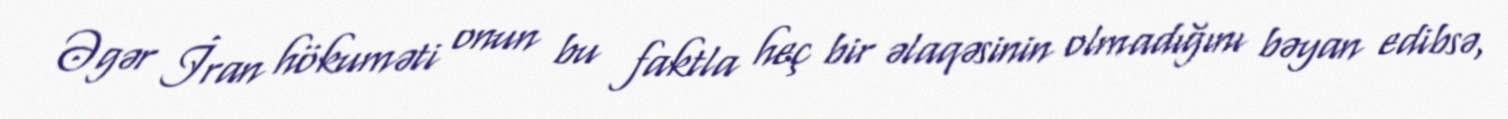
Əgər İran hökuməti onun bu faktla heç bir əlaqəsinin olmadığını bəyan edibsə,